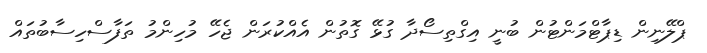
ޕްލޭނިން ޑިޕާޓްމަންޓުން ބުނީ އިގްތިސޯދާ ގުޅޭ ގޮތުން އެއްކުރަން ޖެހޭ މުހިންމު ތަފާސްހިސާބުތައް